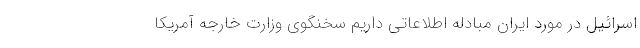
اسرائیل در مورد ایران مبادله اطلاعاتی داریم سخنگوی وزارت خارجه آمریکا